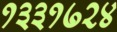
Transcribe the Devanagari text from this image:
१३३१७२४